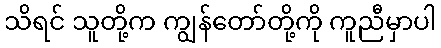
သိရင် သူတို့က ကျွန်တော်တို့ကို ကူညီမှာပါ